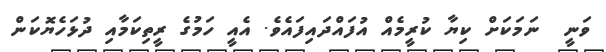
ވަނީ  ނަމަކަށް ކިޔާ ކުރީމެއް އުފައްދައިފައެވެ. އެއީ ހަމުގެ ރީތިކަމާއި ދުޅަހެޔޮކަން